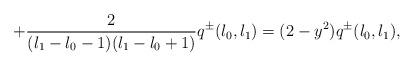
LaTeX: \begin{align*}+\frac{2}{(l_{1}-l_{0}-1)(l_{1}-l_{0}+1)} q^{\pm}(l_{0},l_{1})=(2-y^{2})q^{\pm}(l_{0},l_{1}),\end{align*}